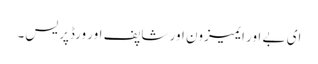
ای بے اور ایمیزون اور شاپف اور ورڈپریس۔